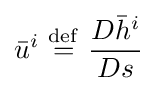
{\bar {u}}^{i}\ {\stackrel {\mathrm {def} }{=}}\ {D{\bar {h}}^{i} \over Ds}